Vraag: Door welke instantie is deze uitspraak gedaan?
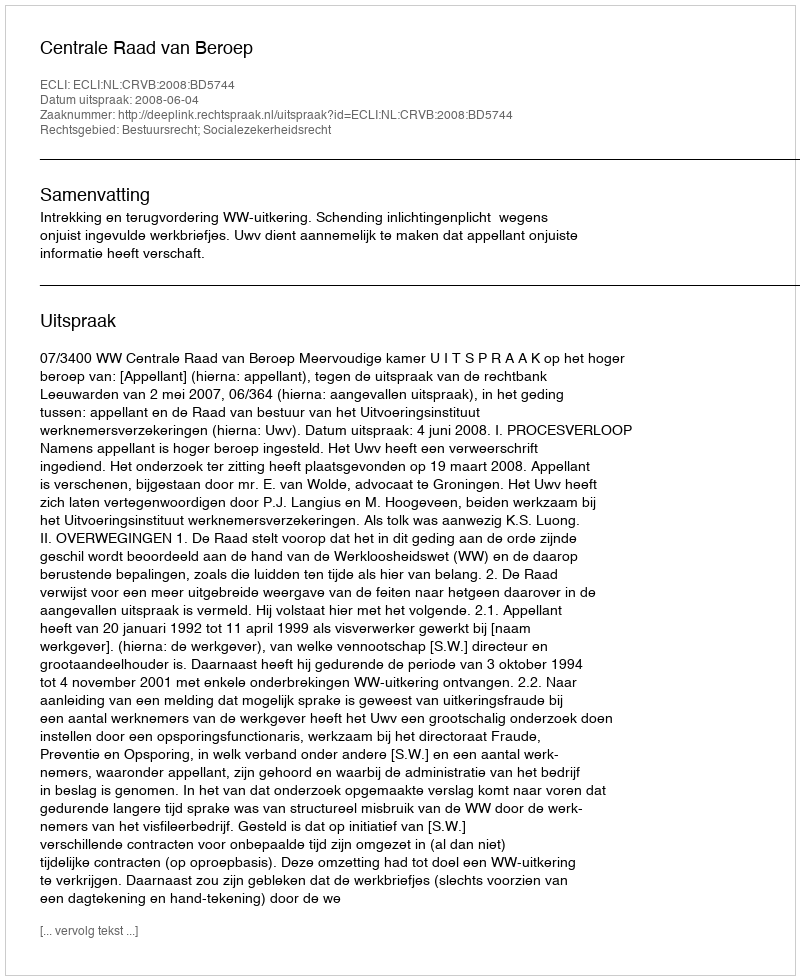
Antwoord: Centrale Raad van Beroep